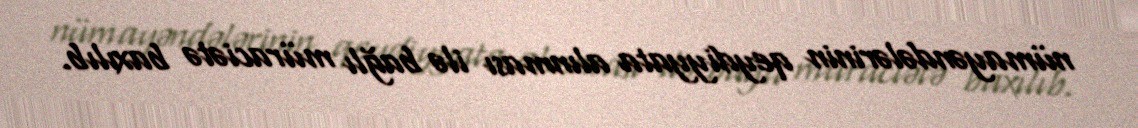
nümayəndələrinin qeydiyyata alınması ilə bağlı müraciətə baxılıb.